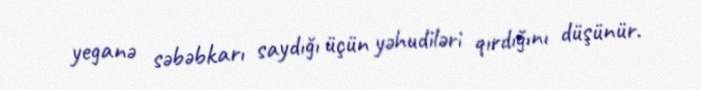
yeganə səbəbkarı saydığı üçün yəhudiləri qırdığını düşünür.